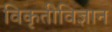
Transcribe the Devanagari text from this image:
विकृतीविज्ञान